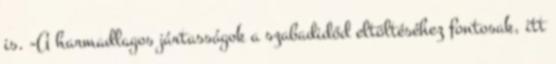
is. -A harmadlagos jártasságok a szabadidőd eltöltéséhez fontosak, itt